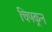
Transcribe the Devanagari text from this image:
चिपकून